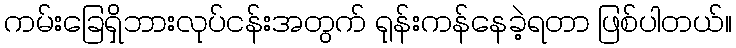
ကမ်းခြေရှိဘားလုပ်ငန်းအတွက် ရုန်းကန်နေခဲ့ရတာ ဖြစ်ပါတယ်။